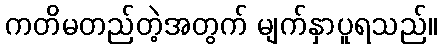
ကတိမတည်တဲ့အတွက် မျက်နှာပူရသည်။